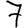
Digit: 7